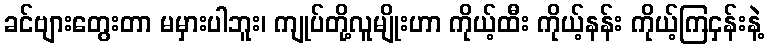
ခင်ဗျားတွေးတာ မမှားပါဘူး၊ ကျုပ်တို့လူမျိုးဟာ ကိုယ့်ထီး ကိုယ့်နန်း ကိုယ့်ကြငှန်းနဲ့